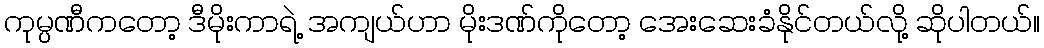
ကုမ္ပဏီကတော့ ဒီမိုးကာရဲ့ အကျယ်ဟာ မိုးဒဏ်ကိုတော့ အေးဆေးခံနိုင်တယ်လို့ ဆိုပါတယ်။